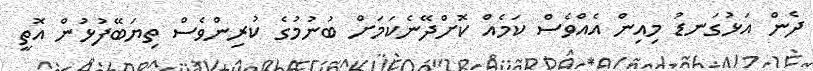
ދެން އަޅުގަނޑު މިއިން އެއްވެސް ކަމެއް ކޮށްދޭނެކަމަށް ބުނުމުގެ ކުރިންވެސް ތިޔަބޭފުޅުން އޮތީ